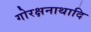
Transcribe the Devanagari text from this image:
गोरक्षनाथादि